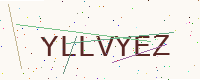
Text: YLLVYEZ